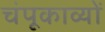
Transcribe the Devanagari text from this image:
चंपूकाव्यों